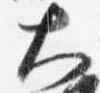
大